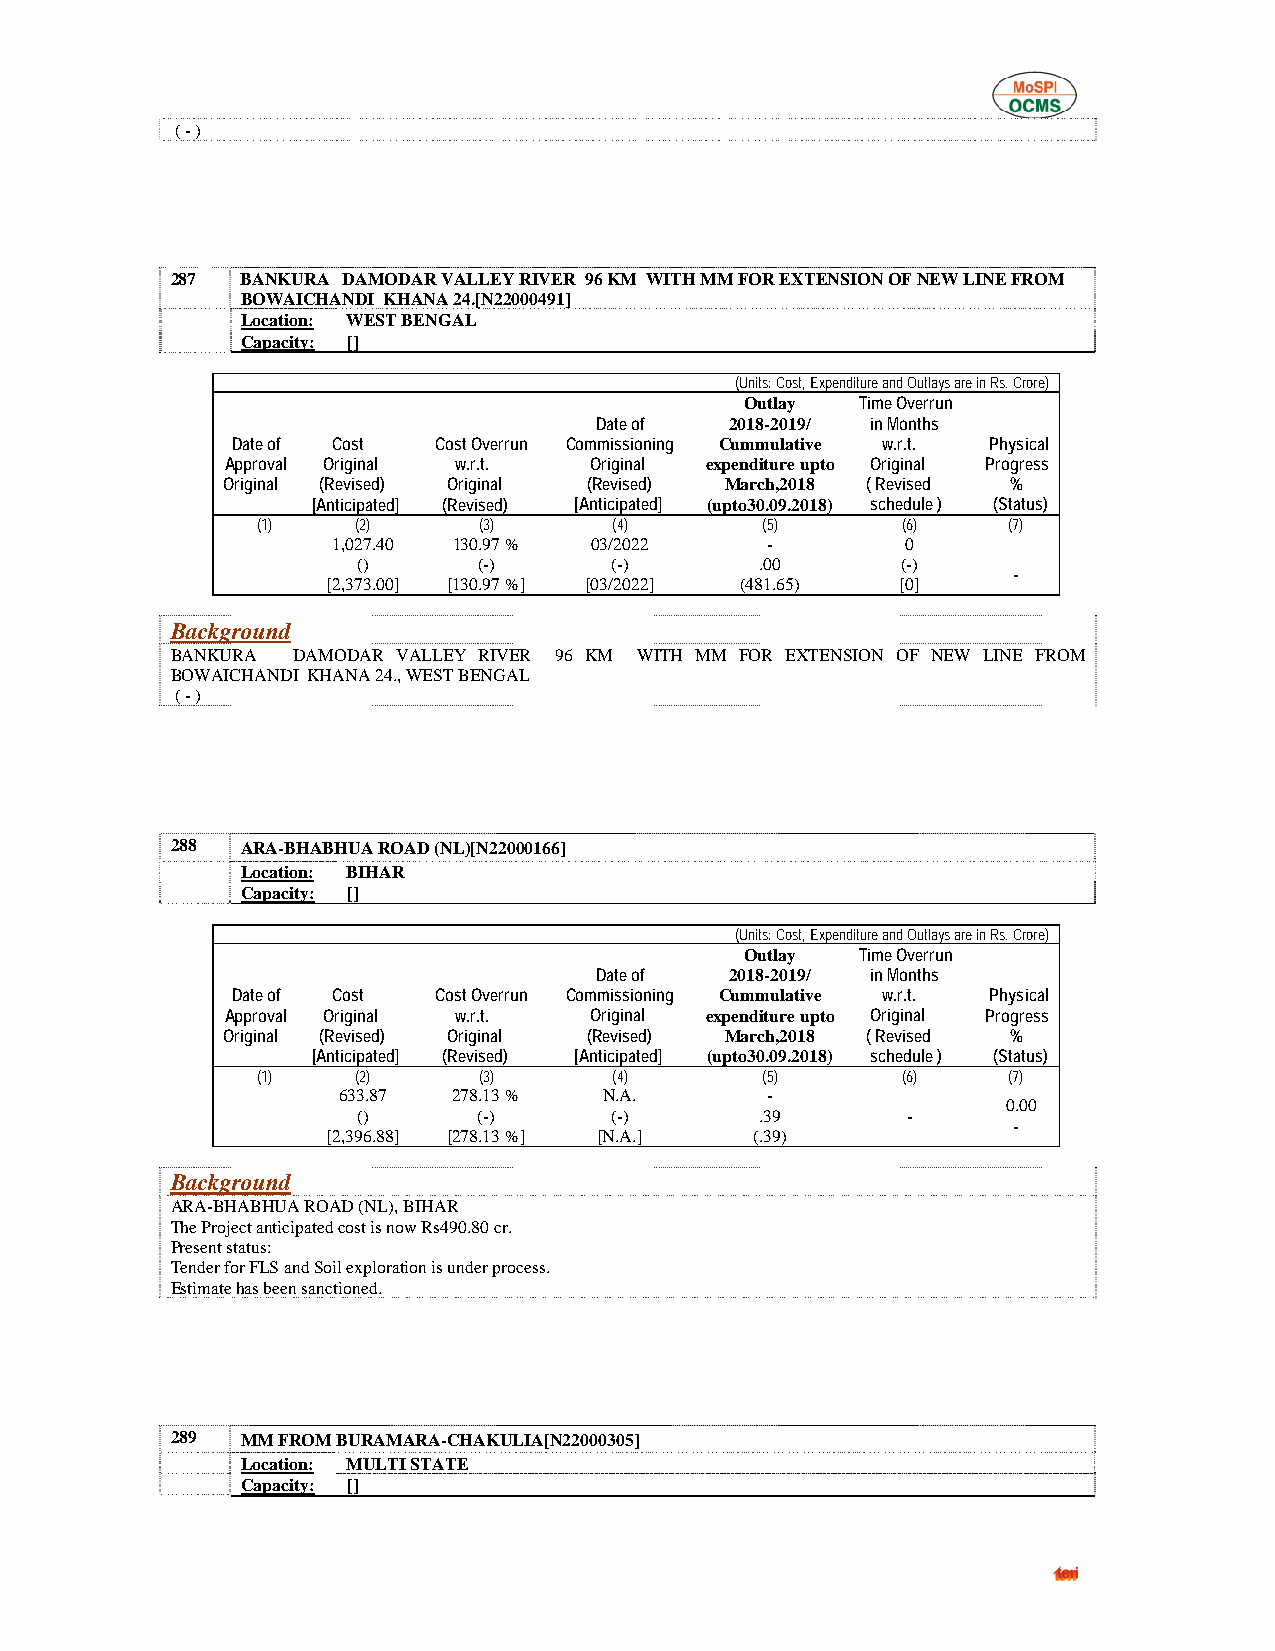
( - )
 287  BANKURA DAMODAR VALLEY RIVER 96 KM WITH MM FOR EXTENSION OF NEW LINE FROM
 BOWAICHANDI KHANA 24.[N22000491]
 Location: WEST BENGAL
 Capacity: []
 (Units: Cost, Expenditure and Outlays are in Rs. Crore)
 Outlay  Time Overrun
 Date of  2018-2019/ in Months
 Date of Cost  Cost Overrun Commissioning Cummulative w.r.t. Physical
 Approval Original w.r.t. Original expenditure upto Original Progress
 Original (Revised) Original (Revised) March,2018 ( Revised %
 [Anticipated] (Revised) [Anticipated] (upto30.09.2018) schedule ) (Status)
 (1)    (2)     (3)      (4)      (5)       (6)    (7)
 1,027.40 130.97 % 03/2022    -        0
 ()      (-)     (-)       .00       (-)
 -
 [2,373.00] [130.97 %] [03/2022] (481.65) [0]
 Background
 BANKURA DAMODAR VALLEY RIVER 96 KM WITH MM FOR EXTENSION OF NEW LINE FROM
 BOWAICHANDI KHANA 24., WEST BENGAL
 ( - )
 288  ARA-BHABHUA ROAD (NL)[N22000166]
 Location: BIHAR
 Capacity: []
 (Units: Cost, Expenditure and Outlays are in Rs. Crore)
 Outlay  Time Overrun
 Date of  2018-2019/ in Months
 Date of Cost  Cost Overrun Commissioning Cummulative w.r.t. Physical
 Approval Original w.r.t. Original expenditure upto Original Progress
 Original (Revised) Original (Revised) March,2018 ( Revised %
 [Anticipated] (Revised) [Anticipated] (upto30.09.2018) schedule ) (Status)
 (1)    (2)     (3)      (4)      (5)       (6)    (7)
 633.87  278.13 %  N.A.       -
 0.00
 ()      (-)     (-)       .39       -
 -
 [2,396.88] [278.13 %] [N.A.] (.39)
 Background
 ARA-BHABHUA ROAD (NL), BIHAR
 The Project anticipated cost is now Rs490.80 cr.
 Present status:
 Tender for FLS and Soil exploration is under process.
 Estimate has been sanctioned.
 289  MM FROM BURAMARA-CHAKULIA[N22000305]
 Location: MULTI STATE
 Capacity: []